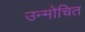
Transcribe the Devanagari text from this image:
उन्मोचित